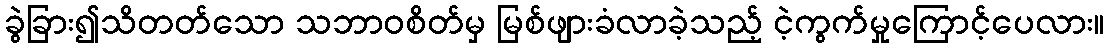
ခွဲခြား၍သိတတ်သော သဘာဝစိတ်မှ မြစ်ဖျားခံလာခဲ့သည့် ငဲ့ကွက်မှုကြောင့်ပေလား။